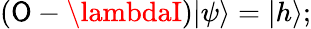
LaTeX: (\mathsf{O}-\lambdaI)|\psi\rangle=|h\rangle;